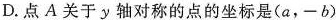
D.点A关于y轴对称的点的坐标是(a，-b)